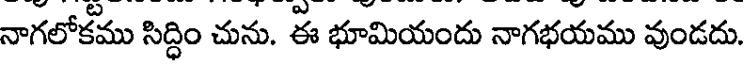
నాగలోకము సిద్ధిం చును. ఈ భూమియందు నాగభయము వుండదు.